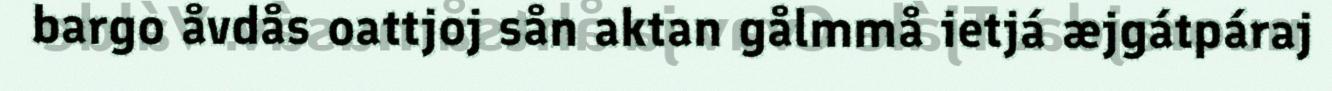
bargo åvdås oattjoj sån aktan gålmmå ietjá æjgátpáraj